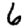
Digit: 6